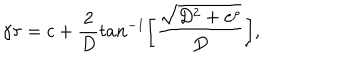
\gamma \tau = c + { \frac { 2 } { D } } t a n ^ { - 1 } \biggl [ { \frac { \sqrt { D ^ { 2 } + e ^ { \rho } } } { D } } \biggr ] ,